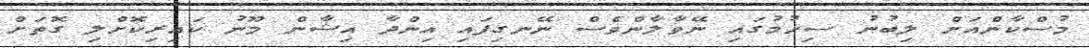
މުސްކާންއަށް ލިބުނު ސިހުމުގައި ނޭވާލާންވެސް ނޭނގިފައި އިންދާ އިޝާން މޫނު ކައިރިކޮށްލި ގޮތަށް